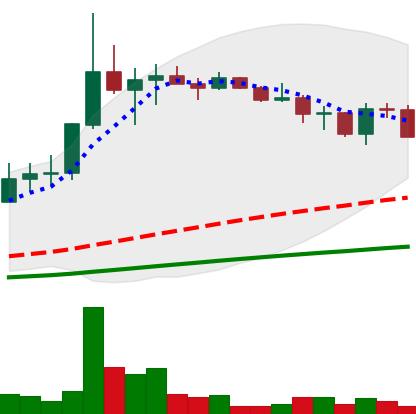
Ticker: LINK-USD
Chart end date: 2019-07-14
Forward return: -6.405%
Label: down_5_7